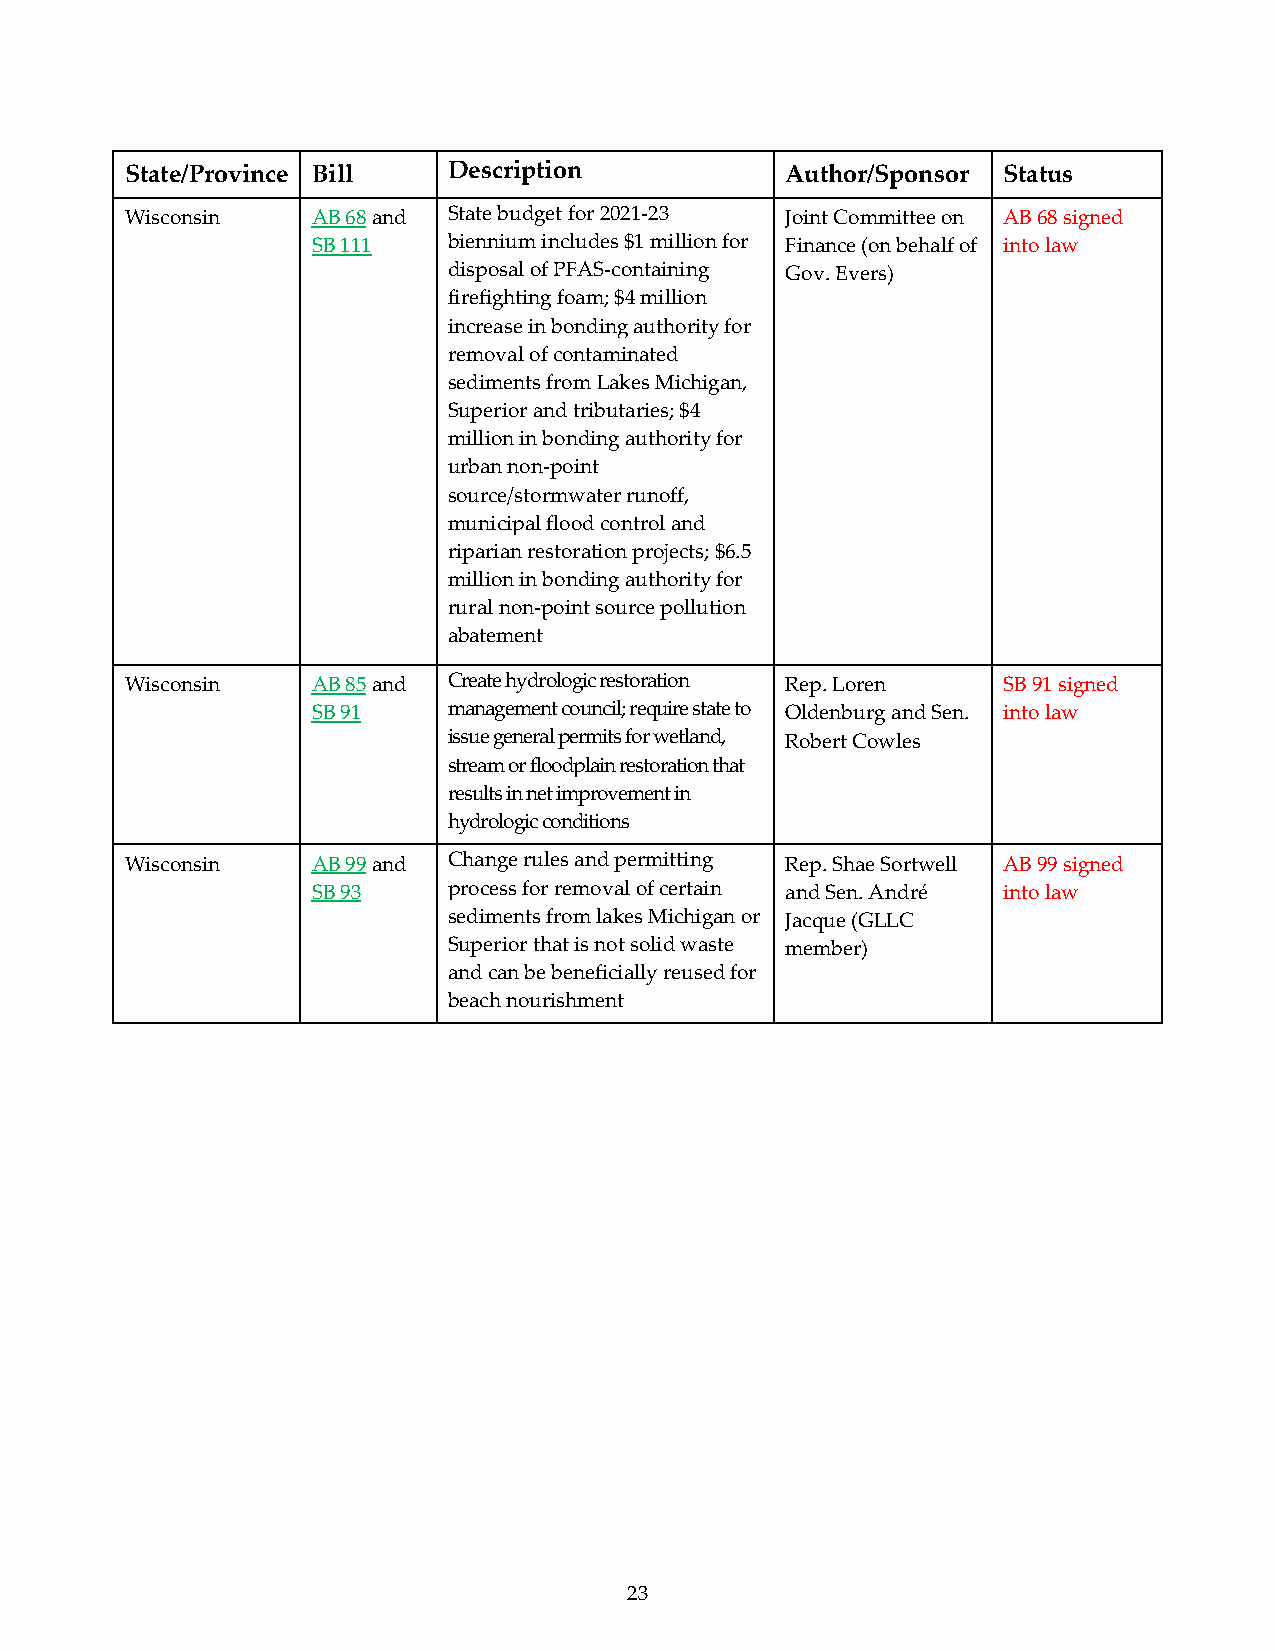
State/Province Bill   Description           Author/Sponsor Status
 Wisconsin    AB 68 and State budget for 2021-23 Joint Committee on AB 68 signed
 SB 111   biennium includes $1 million for Finance (on behalf of into law
 disposal of PFAS-containing Gov. Evers)
 firefighting foam; $4 million
 increase in bonding authority for
 removal of contaminated
 sediments from Lakes Michigan,
 Superior and tributaries; $4
 million in bonding authority for
 urban non-point
 source/stormwater runoff,
 municipal flood control and
 riparian restoration projects; $6.5
 million in bonding authority for
 rural non-point source pollution
 abatement
 Wisconsin    AB 85 and Create hydrologic restoration Rep. Loren SB 91 signed
 SB 91    management council; require state to Oldenburg and Sen. into law
 issue general permits for wetland, Robert Cowles
 stream or floodplain restoration that
 results in net improvement in
 hydrologic conditions
 Wisconsin    AB 99 and Change rules and permitting Rep. Shae Sortwell AB 99 signed
 SB 93    process for removal of certain and Sen. André into law
 sediments from lakes Michigan or Jacque (GLLC
 Superior that is not solid waste member)
 and can be beneficially reused for
 beach nourishment
 23